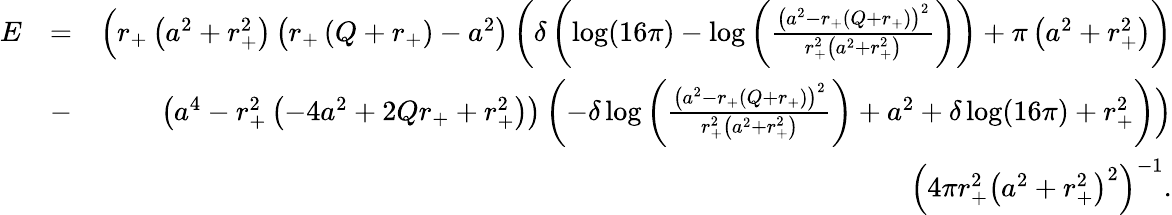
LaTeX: \begin{array}{rlr}{E}&{=}&{\Big(r_{+}\left(a^{2}+r_{+}^{2}\right)\left(r_{+}\left(Q+r_{+}\right)-a^{2}\right)\left(\delta\left(\log(16\pi)-\log\left(\frac{\left(a^{2}-r_{+}\left(Q+r_{+}\right)\right)^{2}}{r_{+}^{2}\left(a^{2}+r_{+}^{2}\right)}\right)\right)+\pi\left(a^{2}+r_{+}^{2}\right)\right)}\\ &{-}&{\left(a^{4}-r_{+}^{2}\left(-4a^{2}+2Qr_{+}+r_{+}^{2}\right)\right)\left(-\delta\log\left(\frac{\left(a^{2}-r_{+}\left(Q+r_{+}\right)\right)^{2}}{r_{+}^{2}\left(a^{2}+r_{+}^{2}\right)}\right)+a^{2}+\delta\log(16\pi)+r_{+}^{2}\right)\Big)}\\ &{}&{\Big(4\pi r_{+}^{2}\left(a^{2}+r_{+}^{2}\right)^{2}\Big)^{-1}.}\end{array}